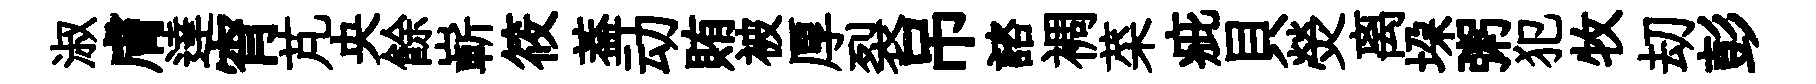
淑膚達宵芃央餘嶄筱葢动賄被厚裂吊諮裯菜疵貝熒离垜粥犯牧刧彭